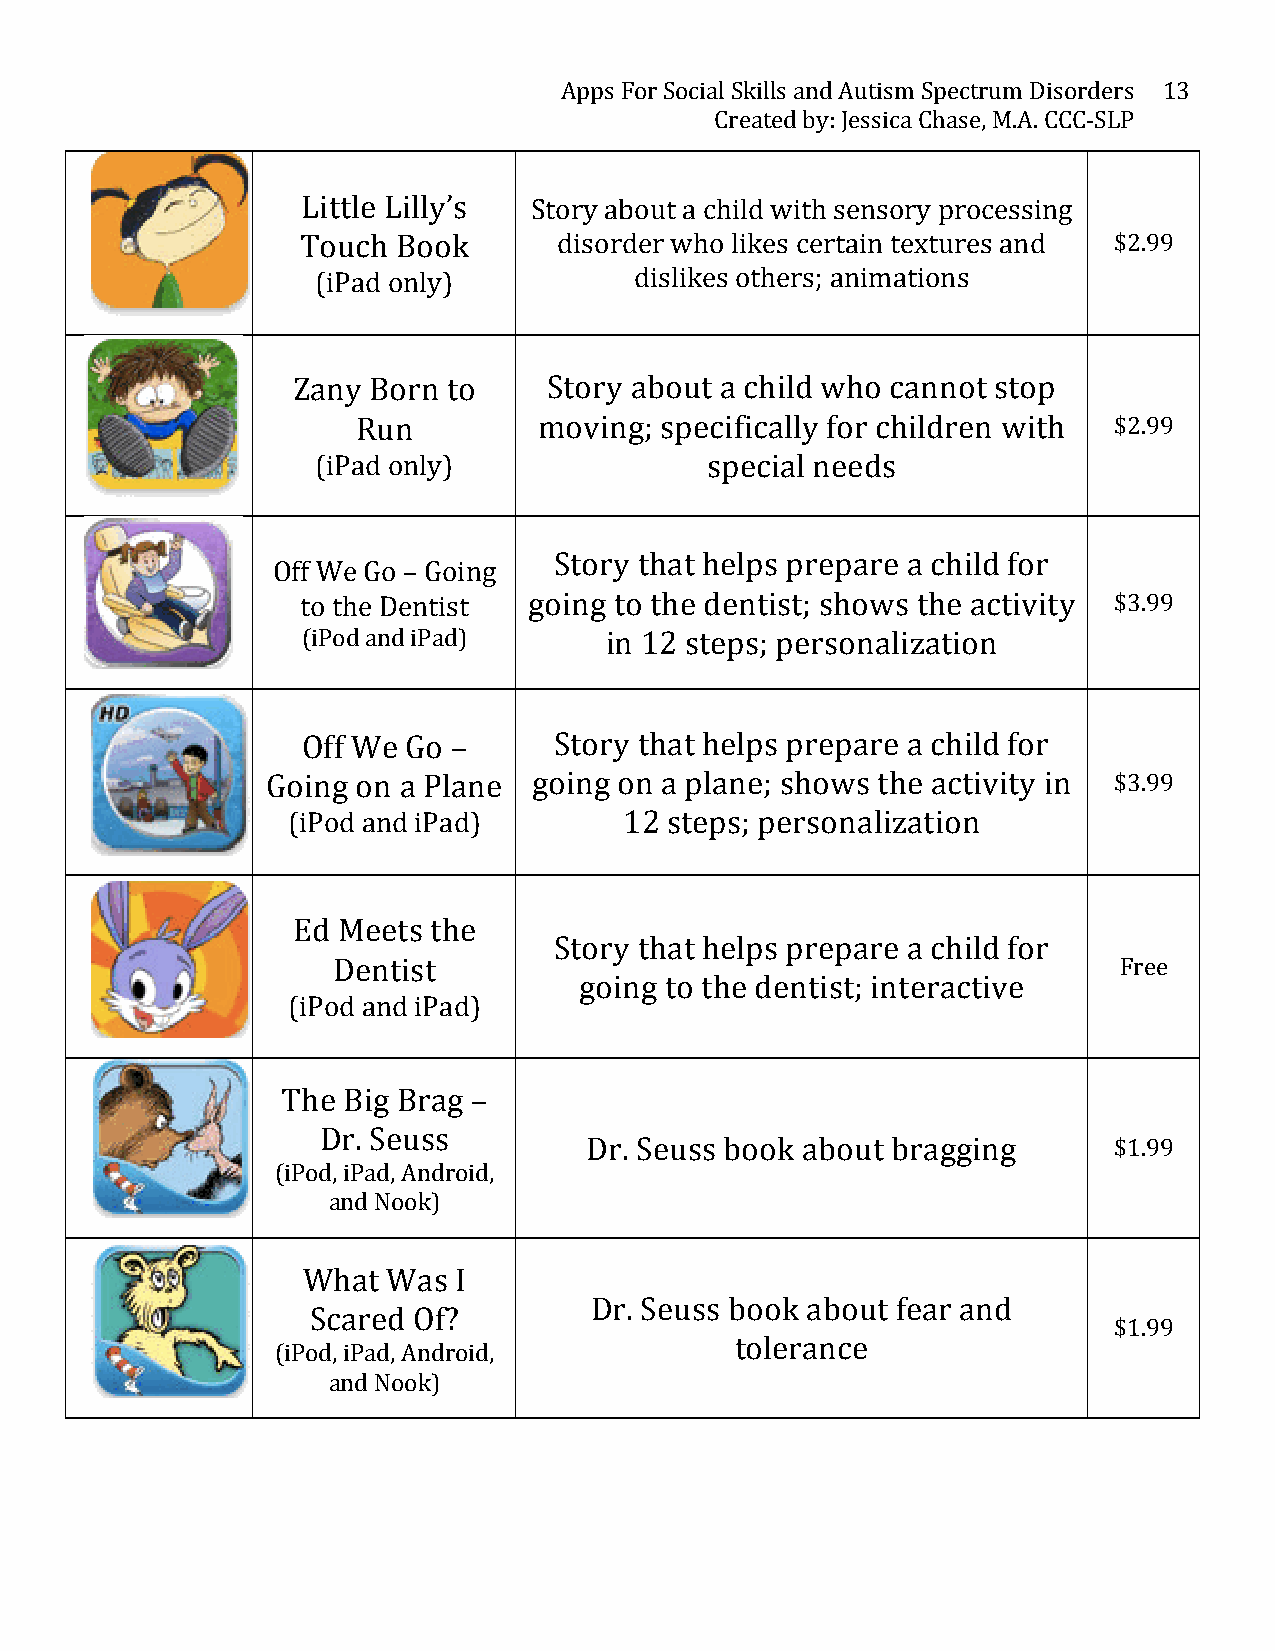
Apps For Social Skills and Autism Spectrum Disorders 13
 Created by: Jessica Chase, M.A. CCC-­‐SLP
 Little Lilly’s Story about a child with sensory processing
 Touch Book       disorder who likes certain textures and $2.99
 (iPad only)          dislikes others; animations
 Zany Born  to    Story about a child who cannot stop
 Run         moving; specifically for children with $2.99
 (iPad only)               special needs
 Story that helps prepare a child for
 Off We Go – Going
 to the Dentist going to the dentist; shows the activity $3.99
 (iPod and iPad)     in 12 steps; personalization
 Off We Go –      Story that helps prepare a child for
 Going on a Plane going on a plane; shows the activity in $3.99
 (iPod and iPad)       12 steps; personalization
 Ed Meets the
 Story that helps prepare a child for
 Dentist                                             Free
 going to the dentist; interactive
 (iPod and iPad)
 The Big Brag –
 Dr. Seuss
 Dr. Seuss book about bragging      $1.99
 (iPod, iPad, Android,
 and Nook)
 What  Was I
 Dr. Seuss book about fear and
 Scared Of?
 $1.99
 tolerance
 (iPod, iPad, Android,
 and Nook)